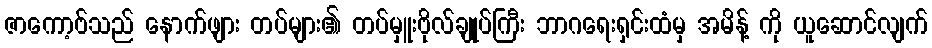
ဇာကော့ဗ်သည် နောက်ဖျား တပ်များ၏ တပ်မှူးဗိုလ်ချုပ်ကြီး ဘာဂရေးရှင်းထံမှ အမိန့် ကို ယူဆောင်လျက်